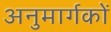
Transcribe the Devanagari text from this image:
अनुमार्गकों